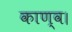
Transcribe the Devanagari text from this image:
काण्‍व।